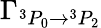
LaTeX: \Gamma_{{}^{3}P_{0}\rightarrow{}^{3}P_{2}}